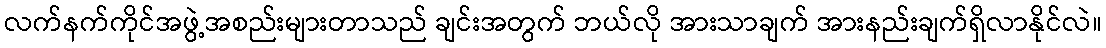
လက်နက်ကိုင်အဖွဲ့အစည်းများတာသည် ချင်းအတွက် ဘယ်လို အားသာချက် အားနည်းချက်ရှိလာနိုင်လဲ။